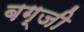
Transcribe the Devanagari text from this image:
बग्जी